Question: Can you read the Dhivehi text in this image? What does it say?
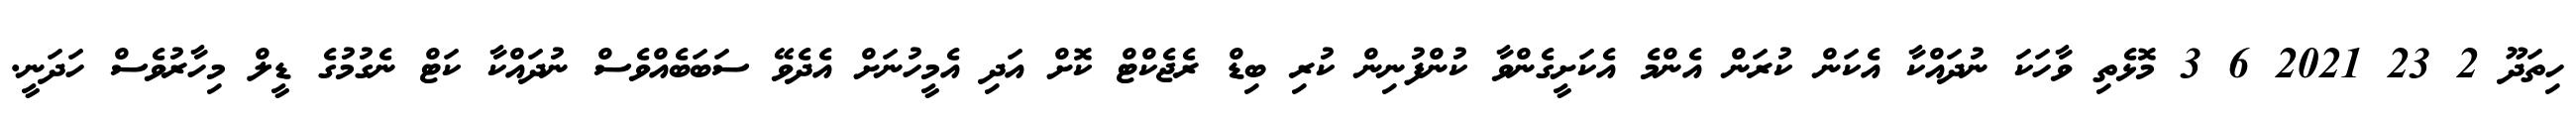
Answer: ހިތަދޫ 2 23 2021 6 3 މޮޅެތި ވާހަކަ ނުދައްކާ އެކަން ކުރަން އެންމެ އެކަށީގެންވާ ކުންފުނިން ކުރި ބިޑް ރެޖެކްޓް ކޮށް އަދި އެމީހުނަށް އެދެވޭ ސަބަބެއްވެސް ނުދައްކާ ކަޓް ނެގުމުގެ ޑީލް މިހާރުވެސް ހަދަނީ.